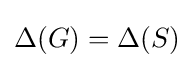
\displaystyle \Delta (G)=\Delta (S)